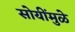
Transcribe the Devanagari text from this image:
सोयींमुळे